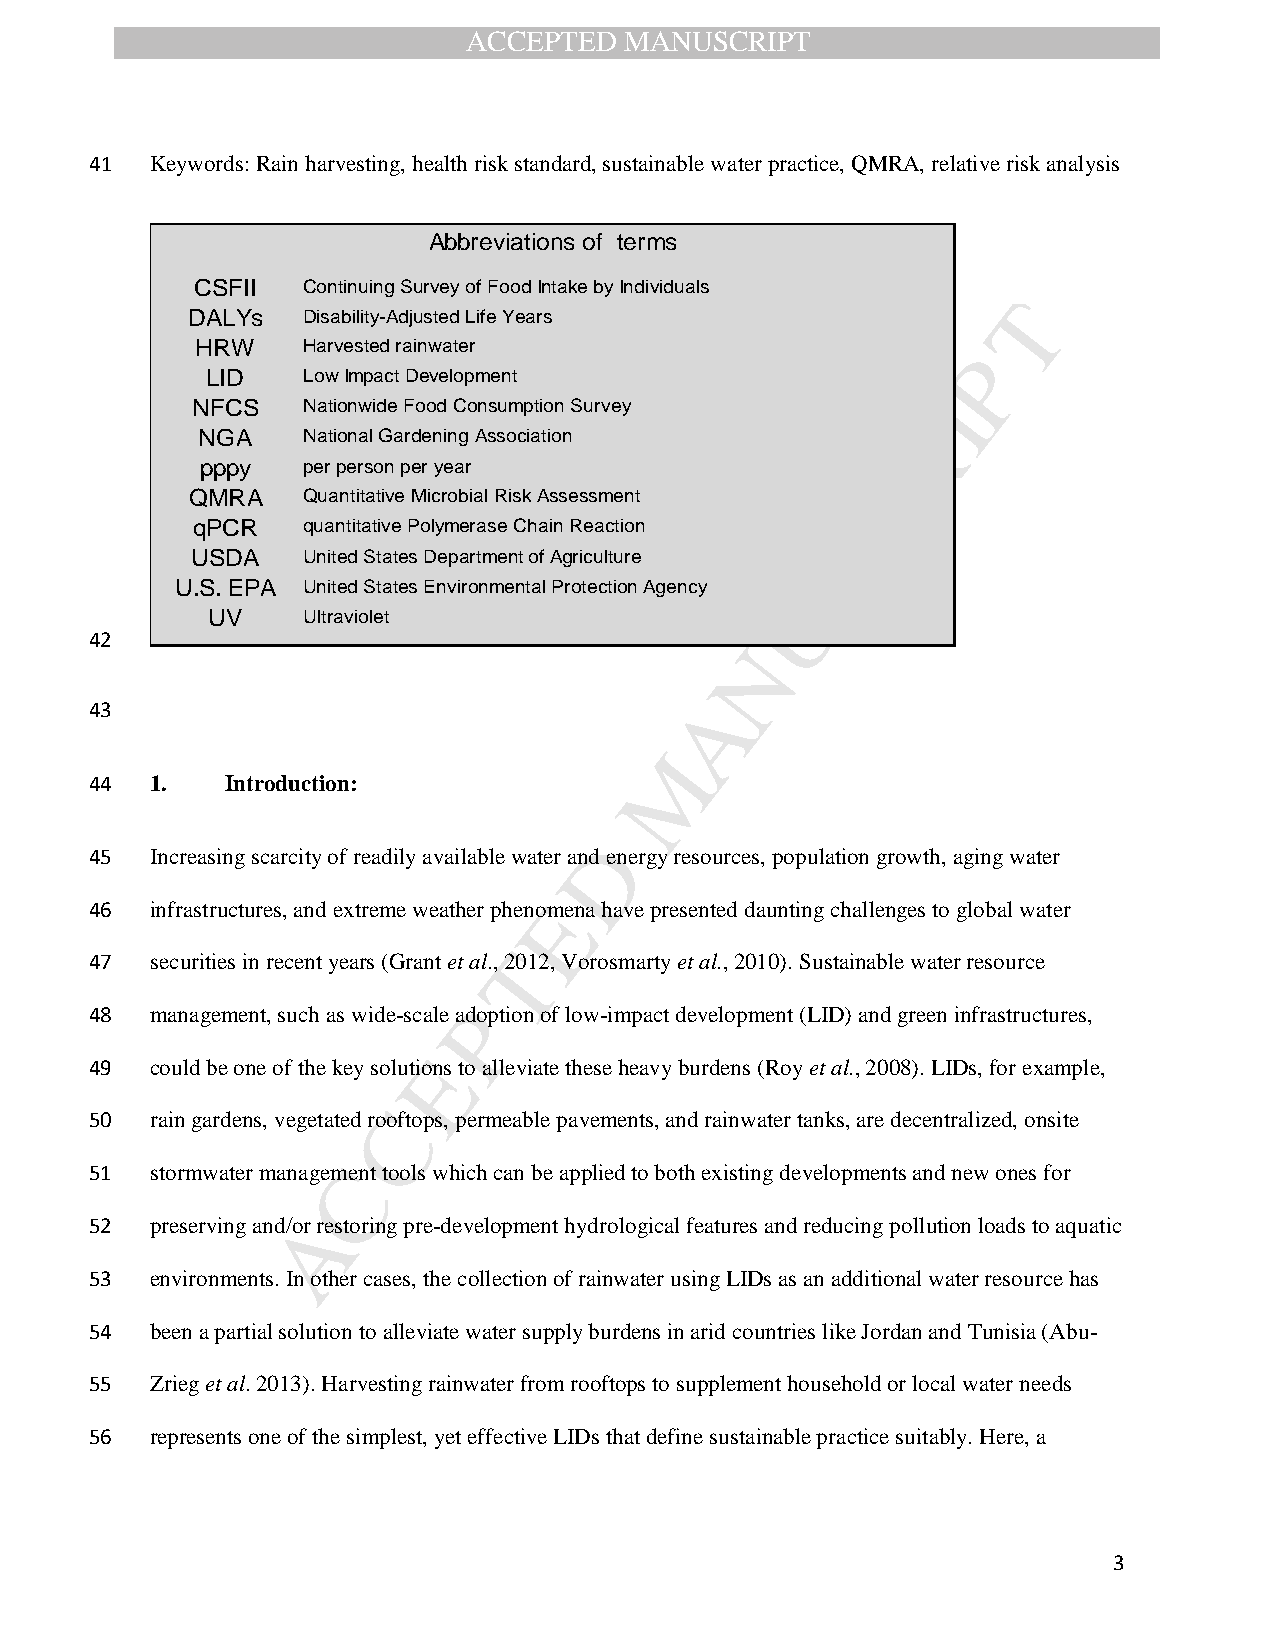
ACCEPTED  MANUSCRIPT
 41  Keywords: Rain harvesting, health risk standard, sustainable water practice, QMRA, relative risk analysis
 Abbreviations of terms
 CSFII  Continuing Survey of Food Intake by Individuals
 T
 DALYs   Disability-Adjusted Life Years
 HRW    Harvested rainwater
 P
 LID   Low Impact Development
 I
 NFCS   Nationwide Food Consumption Survey
 R
 NGA    National Gardening Association
 pppy   per person per year
 C
 QMRA    Quantitative Microbial Risk Assessment
 qPCR   quantitative Polymerase Chain Reaction
 S
 USDA   United States Department of Agriculture
 U.S. EPA United States Environmental Protection Agency U
 UV    Ultraviolet
 42
 N
 43                                      A
 M
 44  1.   Introduction:
 D
 45  Increasing scarcity of readily available water and energy resources, population growth, aging water
 46  infrastructures, and extreme weather phenoEmena have presented daunting challenges to global water
 47  securities in recent years (Grant et al., T 2012, Vorosmarty et al., 2010). Sustainable water resource
 48  management, such as wide-scale aPdoption of low-impact development (LID) and green infrastructures,
 49  could be one of the key solutioE ns to alleviate these heavy burdens (Roy et al., 2008). LIDs, for example,
 50  rain gardens, vegetated roC oftops, permeable pavements, and rainwater tanks, are decentralized, onsite
 51  stormwater managemCent tools which can be applied to both existing developments and new ones for
 52  preserving and/oA r restoring pre-development hydrological features and reducing pollution loads to aquatic
 53  environments. In other cases, the collection of rainwater using LIDs as an additional water resource has
 54  been a partial solution to alleviate water supply burdens in arid countries like Jordan and Tunisia (Abu-
 55  Zrieg et al. 2013). Harvesting rainwater from rooftops to supplement household or local water needs
 56  represents one of the simplest, yet effective LIDs that define sustainable practice suitably. Here, a
 3